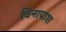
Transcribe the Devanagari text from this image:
विनापाश